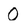
Character: O